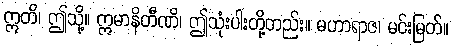
ဣတိ၊ ဤသို့။ ဣမာနိတီဏိ၊ ဤသုံးပါးတို့တည်း။ မဟာရာဇ၊ မင်းမြတ်။